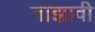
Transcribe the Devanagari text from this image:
ताझावी